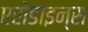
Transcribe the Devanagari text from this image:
एरोडाइन्स